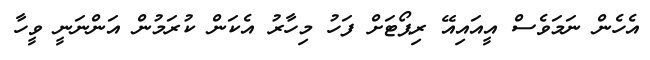
އެހެން ނަމަވެސް އީއައިއޭ ރިޕޯޓަށް ފަހު މިހާރު އެކަން ކުރަމުން އަންނަނީ ވީހާ